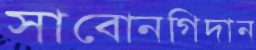
সাবোনগিদান